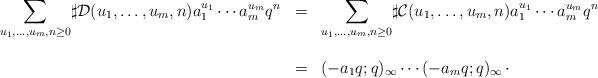
LaTeX: \begin{align*}\begin{array}{rcl} \displaystyle{\sum_{u_1,\dots,u_m,n\geq 0}} \sharp \mathcal{D}(u_1,\dots,u_m,n) a_1^{u_1}\cdots a_m^{u_m} q^n &=& \displaystyle{\sum_{u_1,\dots,u_m,n\geq 0}} \sharp \mathcal{C}(u_1,\dots,u_m,n) a_1^{u_1}\cdots a_m^{u_m} q^n\\ \\ &=& (-a_1q;q)_{\infty}\cdots (-a_mq;q)_{\infty}\,\cdot\end{array}\end{align*}